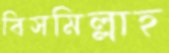
বিসমিল্লাহ